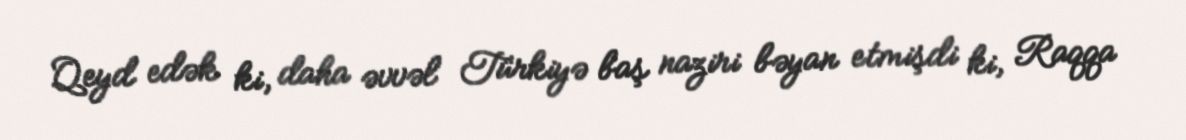
Qeyd edək ki, daha əvvəl Türkiyə baş naziri bəyan etmişdi ki, Raqqa